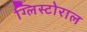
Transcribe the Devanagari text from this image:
ग्लिस्टोराल